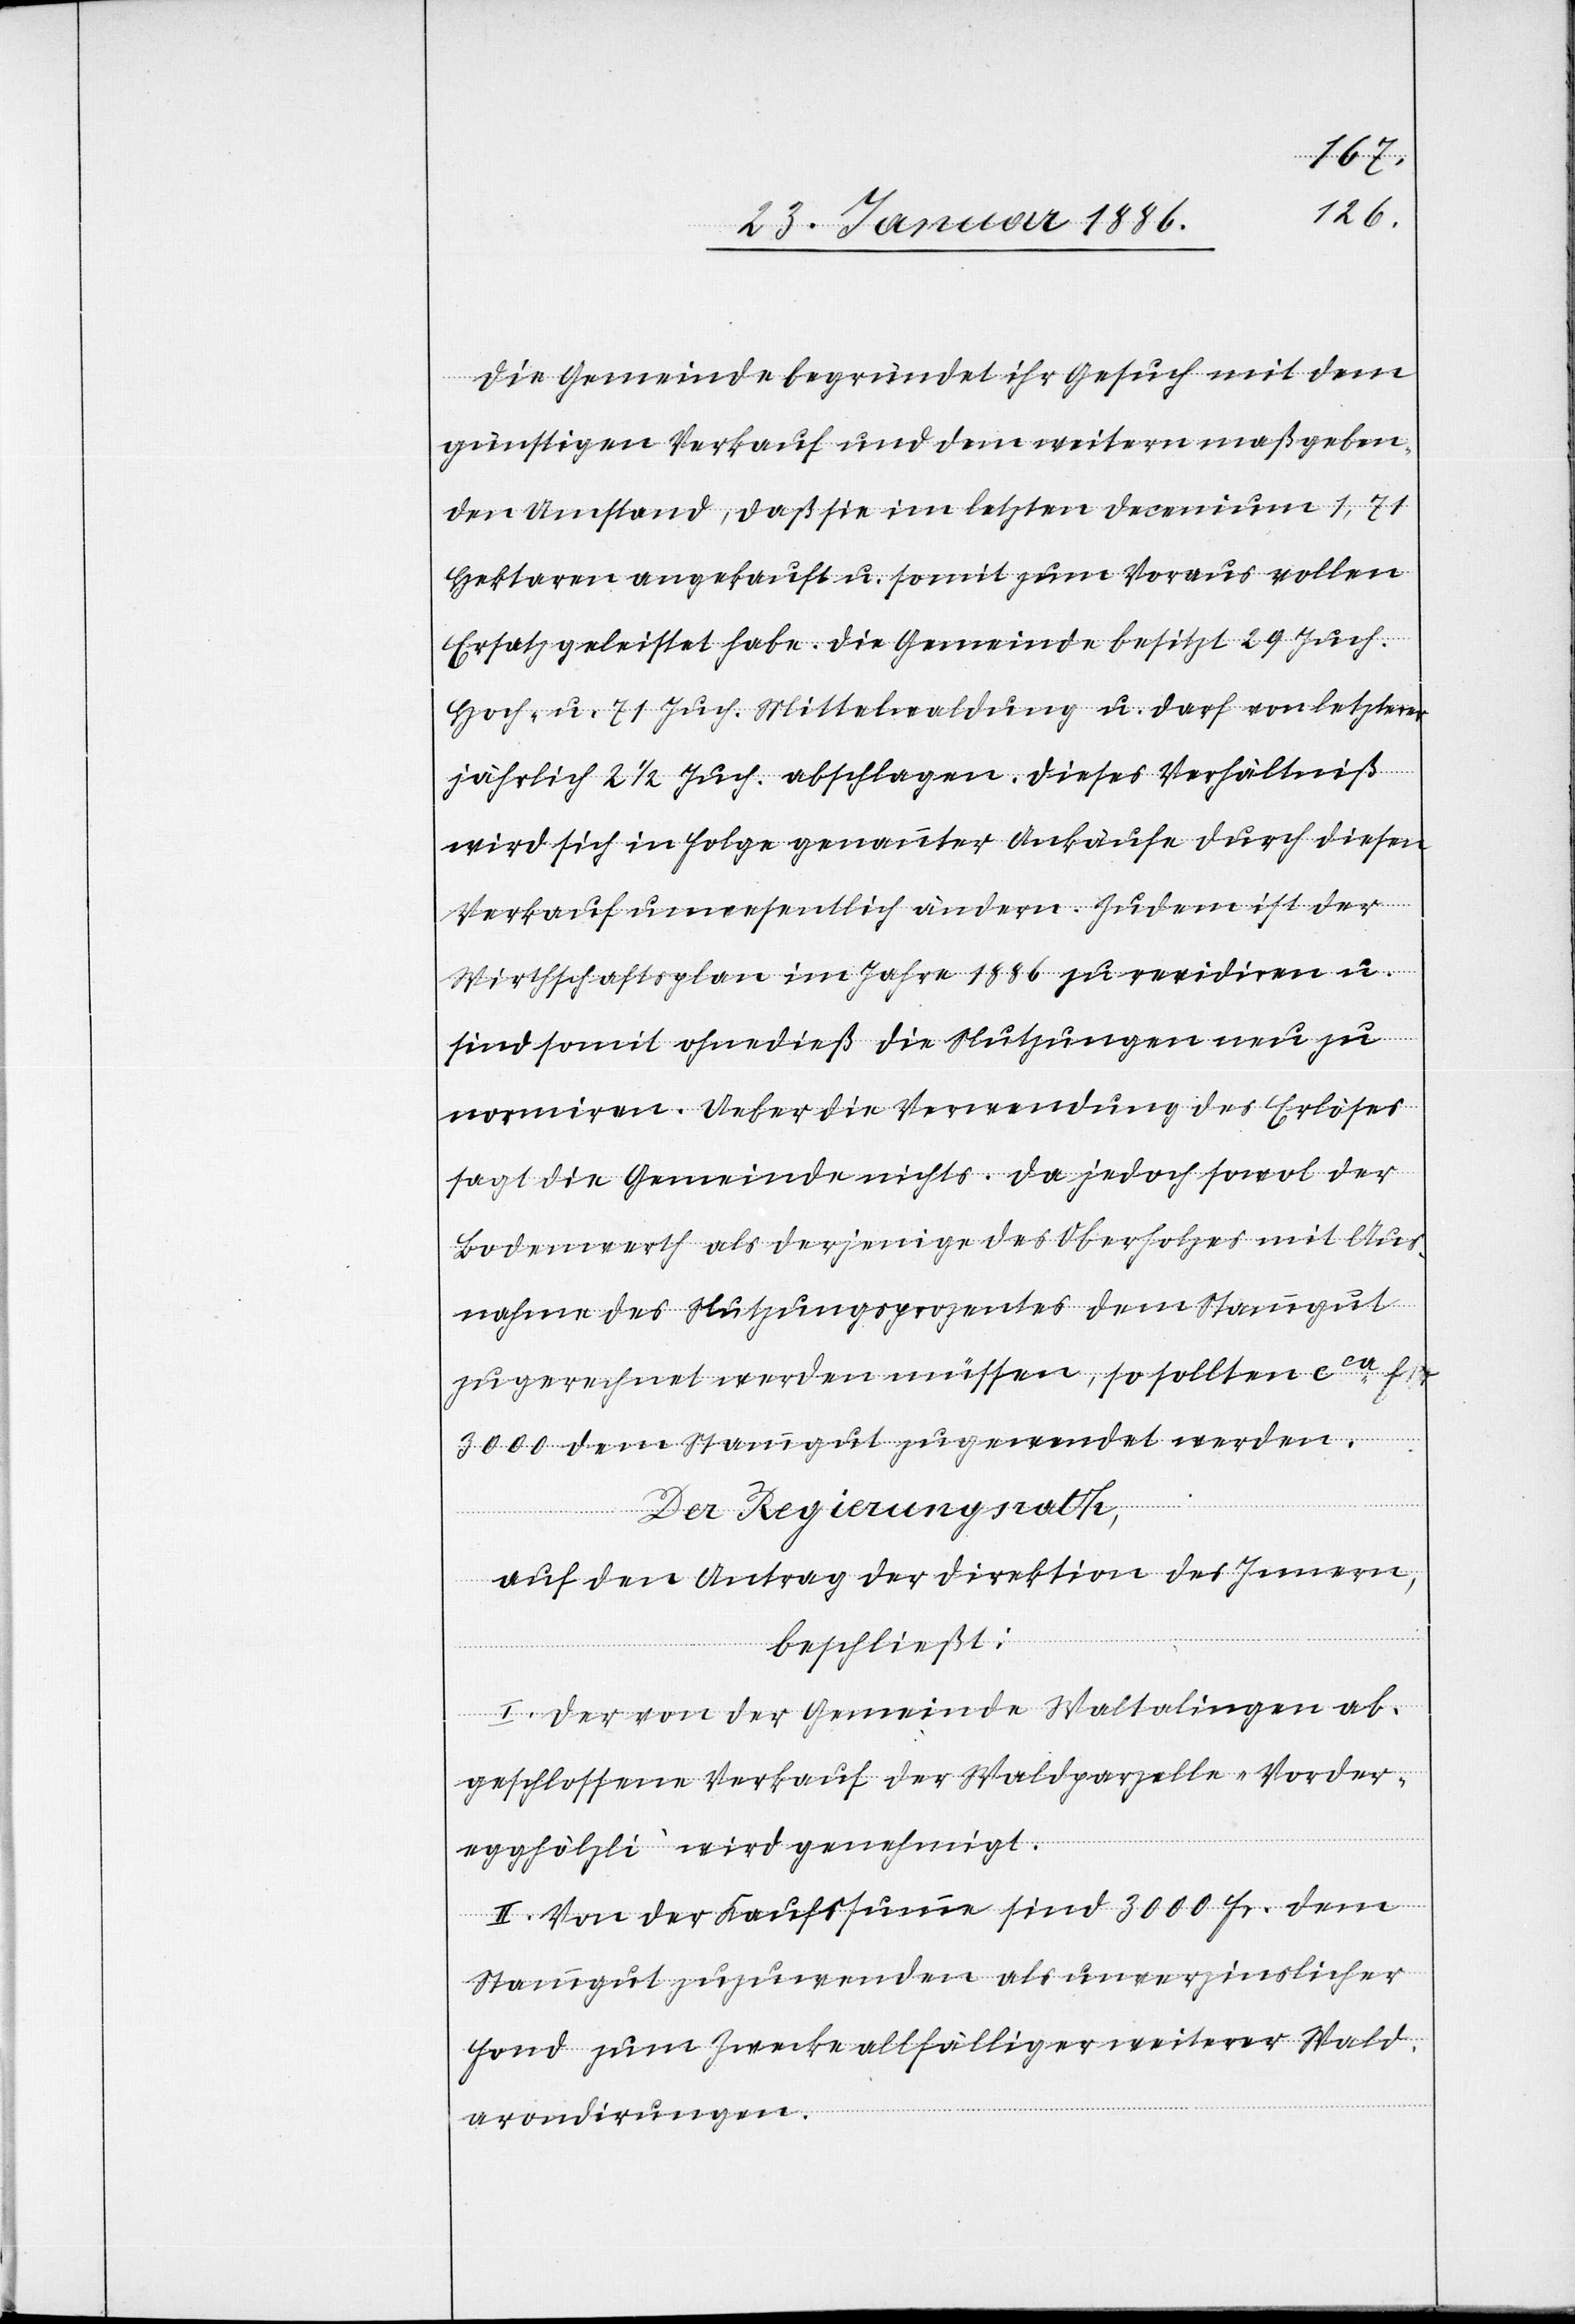
Die Gemeinde begründet ihr Gesuch mit dem
günstigen Verkauf und dem weitern maßgeben¬
den Umstand, daß sie im letzten Decemium 1,71
Hektaren angekauft u. somit zum Voraus vollen
Ersatz geleistet habe. Die Gemeinde besitzt 29 Juch.
Hoch- u. 71 Juch. Mittelwaldung u. darf von letztere
jährlich 2 1/2 Juch. abschlagen. Dieses Verhältniß
wird sich in Folge genannter Ankäufe durch diesen
Verkauf unwesentlich ändern. Zudem ist der
Wirtschaftsplan im Jahre 1886 zu revidiren u.
sind somit ohnedieß die Nutzungen neu zu
normieren. Ueber die Verwendung des Erlöses
sagt die Gemeinde nichts. Da jedoch sowol der
Bodenwerth als derjenige des Oberholzes mit Aus¬
nahme des Nutzungsprozentes dem Stammgut
zugerechnet werden müssen, so sollten cca Fr.
300 dem Stammgut zugewendet werden.
Der Regierungsrath,
auf den Antrag der Direktion des Innern,
beschließt:
I. Der von der Gemeinde Waltalingen ab¬
geschlossene Verkauf der Waldparzelle „Vorder¬
egghölzli“ wird genehmigt.
II. Von der Kaufsumme sind 3000 Fr. dem
Stammgut zuzuwenden als unverzinslicher
Fond zum Zwecke allfälliger weiterer Wald¬
arrodirungen.